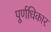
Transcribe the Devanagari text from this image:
पूर्णधिकार